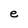
Character: e